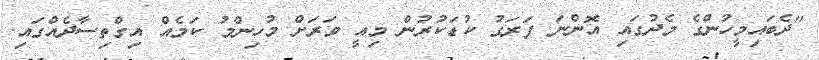
"ދެބައިމީހުންގެ މެދުގައި އޮންނަ ފަރަގު ކުޑަކުރުން މިއީ ވަރަށް މުހިންމު ކަމެއް އިގްތިސާދެއްގައި.